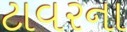
ટાવરના